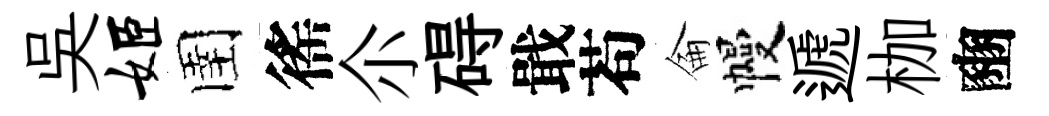
吴姬圉徭尒碍戢苟侖幔遞枷豳